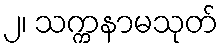
၂၊ သက္ကနာမသုတ်